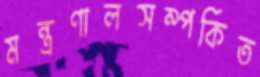
মন্ত্রণালসম্পর্কিত